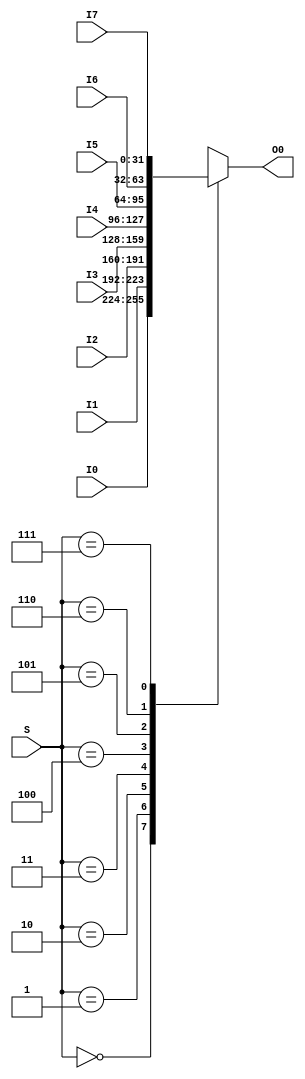
`timescale 1ns / 1ps
//////////////////////////////////////////////////////////////////////////////////
// Company: 
// Engineer: 
// 
// Design Name: 
// Module Name: MUX8T1_32
// Project Name: 
// Target Devices: 
// Tool Versions: 
// Description: 
// 
// Dependencies: 
// 
// Revision:
// Revision 0.01 - File Created
// Additional Comments:
// 
//////////////////////////////////////////////////////////////////////////////////

module MUX8T1_32(
    I0,I1,I2,I3,I4,I5,I6,I7,
    S,
    O0
    );
input [31:0] I0,I1,I2,I3,I4,I5,I6,I7;
input [2:0] S;
output reg [31:0] O0;

always @(*)
    begin
        case(S)
            4'b000: O0 <= I0; 
            4'b001: O0 <= I1; 
            4'b010: O0 <= I2; 
            4'b011: O0 <= I3; 
            4'b100: O0 <= I4; 
            4'b101: O0 <= I5; 
            4'b110: O0 <= I6; 
            4'b111: O0 <= I7; 
            default: O0<=32'h0000_0000;
        endcase
    end

endmodule